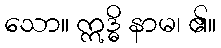
သော။ ဣဒ္ဓိ နာမ၊ ၏။